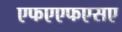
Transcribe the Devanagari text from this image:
एफएएफएसए